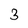
Character: 3